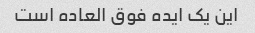
این یک ایده فوق العاده است